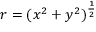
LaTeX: r = ( x ^ { 2 } + y ^ { 2 } ) ^ { \frac { 1 } { 2 } }